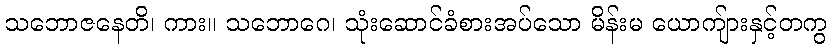
သဘောဇနေတိ၊ ကား။ သဘောဂေ၊ သုံးဆောင်ခံစားအပ်သော မိန်းမ ယောကျ်ားနှင့်တကွ